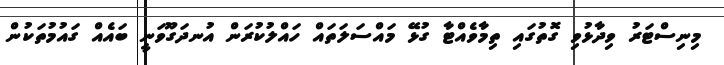
މިނިސްޓަރު ވިދާޅުވި ގޮތުގައި ތިމާވެއްޓާ ގުޅޭ މައްސަލަތައް ހައްލުކުރަން އުނދަގޫވަނީ ބައެއް ގައުމުތަކުން